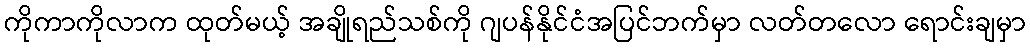
ကိုကာကိုလာက ထုတ်မယ့် အချိုရည်သစ်ကို ဂျပန်နိုင်ငံအပြင်ဘက်မှာ လတ်တလော ရောင်းချမှာ